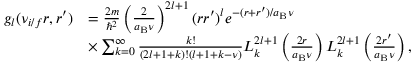
\begin{array} { r l } { g _ { l } ( \nu _ { i / f } r , r ^ { \prime } ) } & { = \frac { 2 m } { \hbar ^ { 2 } } \left( \frac { 2 } { a _ { \mathrm { B } } \nu } \right) ^ { 2 l + 1 } ( r r ^ { \prime } ) ^ { l } e ^ { - ( r + r ^ { \prime } ) / a _ { \mathrm { B } } \nu } } \\ & { \times \sum _ { k = 0 } ^ { \infty } \frac { k ! } { ( 2 l + 1 + k ) ! ( l + 1 + k - \nu ) } L _ { k } ^ { 2 l + 1 } \left( \frac { 2 r } { a _ { \mathrm { B } } \nu } \right) L _ { k } ^ { 2 l + 1 } \left( \frac { 2 r ^ { \prime } } { a _ { \mathrm { B } } \nu } \right) , } \end{array}